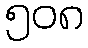
၅၀၈